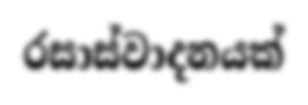
රසාස්වාදනයක්